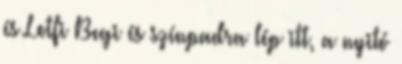
és Lotfi Begi és színpadra lép itt, a nyitó